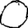
Digit: 0